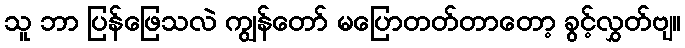
သူ ဘာ ပြန်ဖြေသလဲ ကျွန်တော် မပြောတတ်တာတော့ ခွင့်လွှတ်ဗျ။